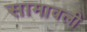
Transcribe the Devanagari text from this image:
सामावली